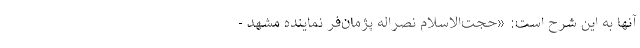
آنها به این شرح است: «حجت‌الاسلام نصراله پژمان‌فر نماینده مشهد -